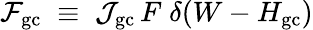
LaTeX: {\cal F}_{\mathrm{gc}}\; \equiv\; {\cal J}_{\mathrm{gc}}\, F\; \delta(W-H_{\mathrm{gc}})